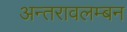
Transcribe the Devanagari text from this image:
अन्तरावलम्बन